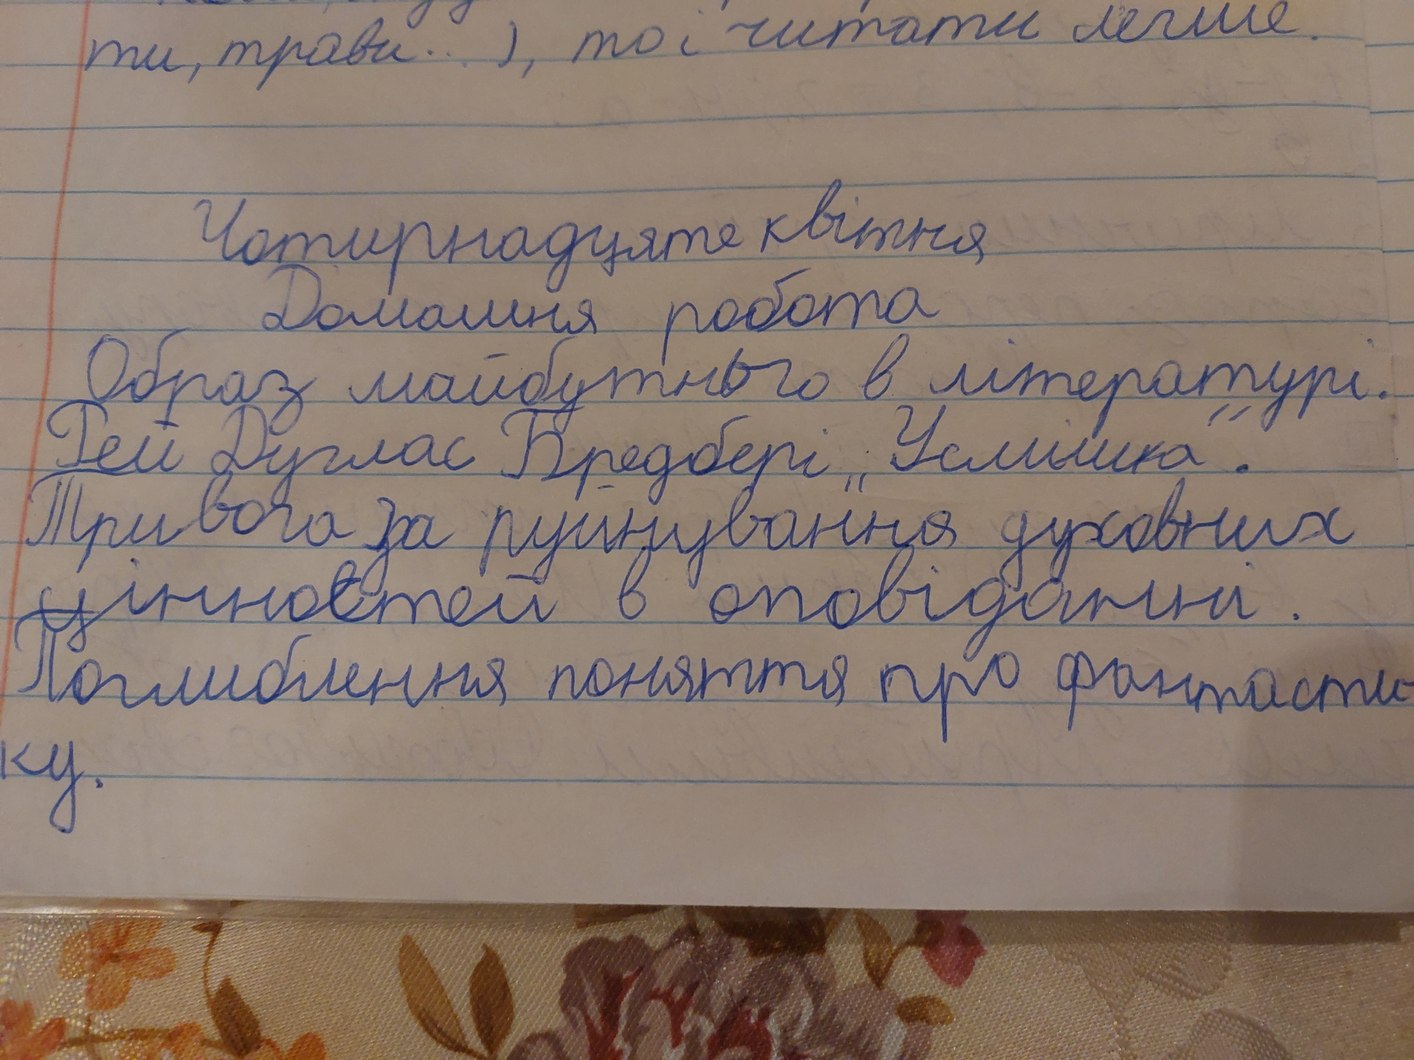
ти, трави... ), то і читати легше.
Чотирнадцяте квітня
Домашня робота
Образ майбутнього в літературі.
Рей Дуглас Бредбері "Усмішка".
Тривога за руйнування духовних
цінностей в оповіданні.
Поглиблення поняття про фантасти-
ку.